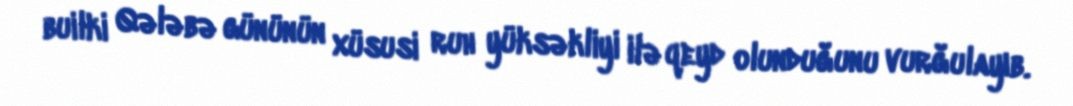
builki Qələbə gününün xüsusi ruh yüksəkliyi ilə qeyd olunduğunu vurğulayıb.